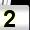
Digit: 2